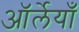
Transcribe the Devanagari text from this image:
ऑर्लेयाँ